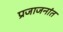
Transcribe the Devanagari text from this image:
प्रजाजनांत